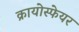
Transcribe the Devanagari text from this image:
क्रायोस्फेयर